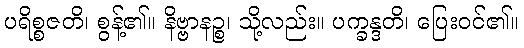
ပရိစ္စဇတိ၊ စွန့်၏။ နိဗ္ဗာနဉ္စ၊ သို့လည်း။ ပက္ခန္ဒတိ၊ ပြေးဝင်၏။